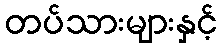
တပ်သားများနှင့်